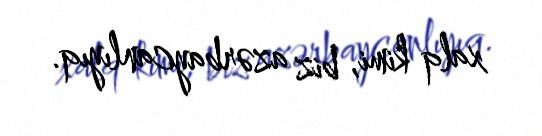
xalq kimi, biz azərbaycanlıyıq.